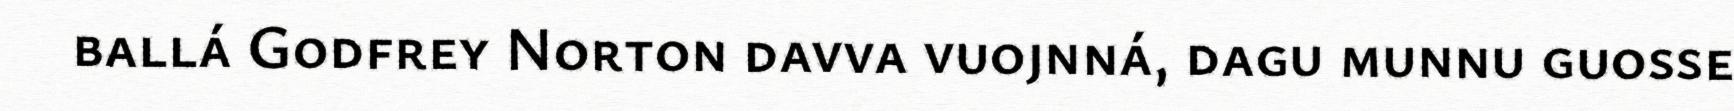
ballá Godfrey Norton davva vuojnná, dagu munnu guosse